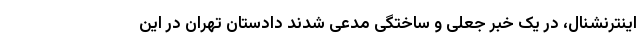
اینترنشنال، در یک خبر جعلی و ساختگی مدعی شدند دادستان تهران در این